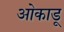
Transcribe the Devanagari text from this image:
ओकाडू